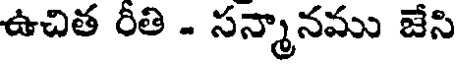
ఉచిత రీతి - సన్మానము జేసి